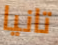
تانيا